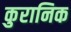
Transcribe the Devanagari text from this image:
कुरानिक